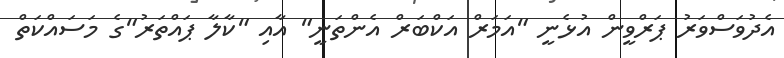
އެދުވަސްވަރު ޕަރްވީން އުޅެނީ "އަމަރް އަކްބަރް އެންތަނީ" އާއި "ކާލާ ޕައްތަރު"ގެ މަަސައްކަތް